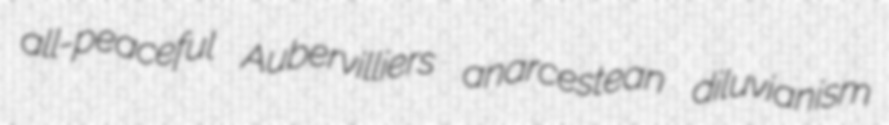
all-peaceful Aubervilliers anarcestean diluvianism